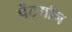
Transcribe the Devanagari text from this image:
पेंटगॉन